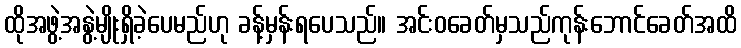
ထိုအဖွဲ့အနွဲ့မျိုးရှိခဲ့ပေမည်ဟု ခန့်မှန်းရပေသည်။ အင်းဝခေတ်မှသည်ကုန်းဘောင်ခေတ်အထိ